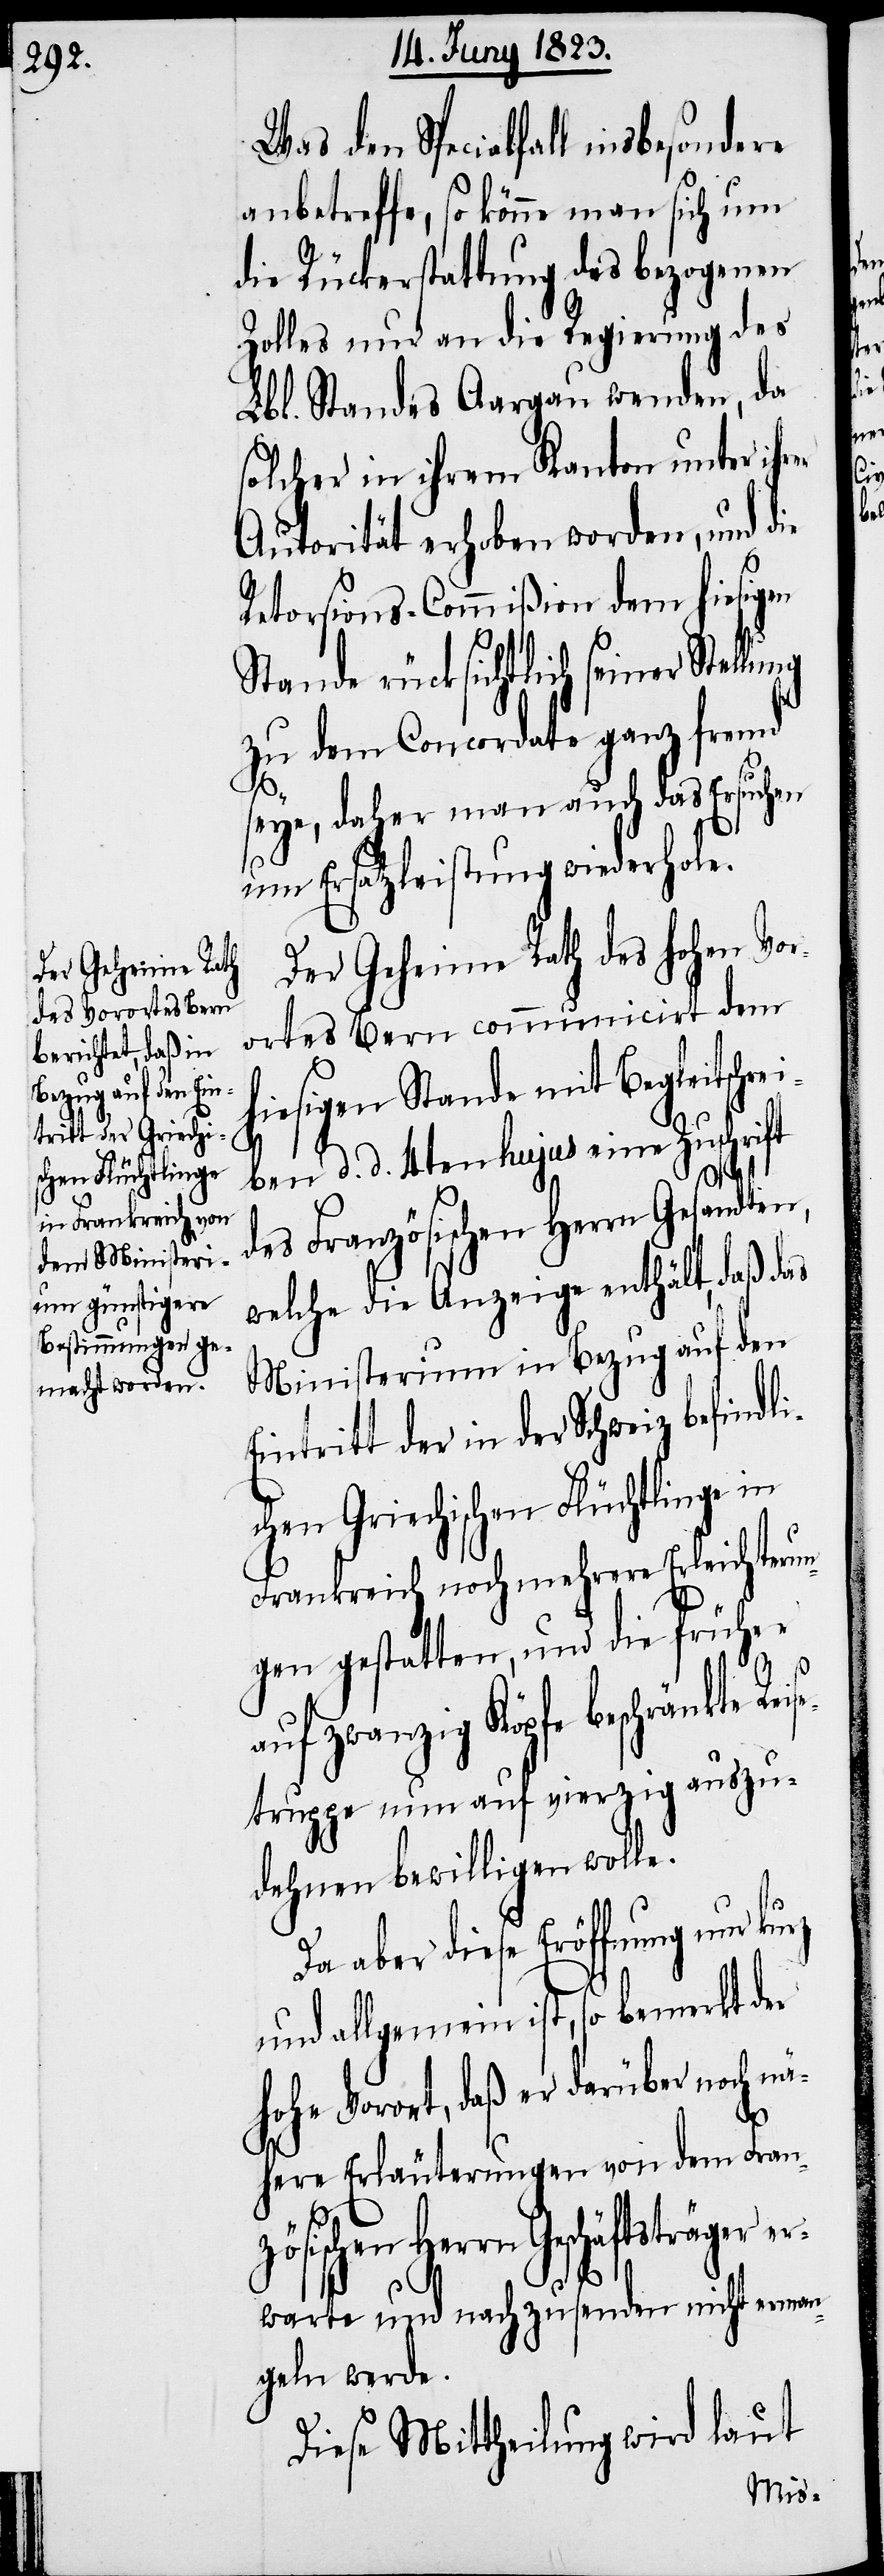
Was den Specialfall insbesondere
anbetreffe, so könne man sich um
die Rückerstattung des bezogenen
Zolles nur an die Regierung des
Lbl. Standes Aargau wenden, da
solcher in ihrem Kanton unter ihr¬
Autorität erhoben worden, und die
Retorsions-Commißion dem hiesigen
Stande rücksichtlich seiner Stel¬
zu dem Concordate ganz fremd
seye, daher man auch das Ersuchen
um Ersatzleistung wiederhole.
Der Geheime Rath des hohen Vor¬
ortes Bern communicirt dem
hiesigen Stande mit Begleitschre¬
iben d. d. 4ten hujus eine Zuschrift
des Französischen Herrn Gesandten,
welche die Anzeige enthält, daß das
Ministerium in Bezug auf den
der in der Schweiz befindl¬
ichen Griechischen Flüchtlinge in
Frankreich noch mehrere Erleichterun¬
gen gestatten, und die früher
zö¬
auf zwanzig Köpfe beschränkte
truppe nun auf vierzig auszu¬
dehnen bewilligen wolle.
Da aber diese Eröffnung nur kurz
und allgemein ist, so bemerkt der
hohe Vorort, daß er darüber noch nä¬
here Erläuterungen von dem Fran¬
sischen Herrn Geschäftsträger
erwarte und nachzusenden nicht erman¬
geln werde.
Diese Mittheilung wird laut
Reise¬